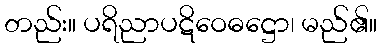
တည်း။ ပရိညာပဋိဝေဓဋ္ဌော၊ မည်၏။